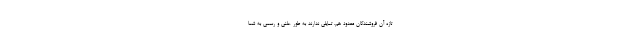
تازه آن فروشندگان معدود هم، تمایلی ندارند به طور علنی و رسمی به شما